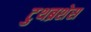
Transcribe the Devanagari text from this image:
टुथब्रशेस